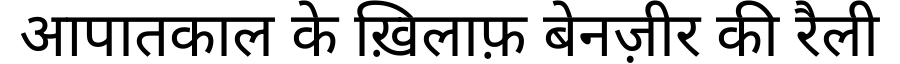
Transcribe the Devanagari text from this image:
आपातकाल के ख़िलाफ़ बेनज़ीर की रैली